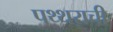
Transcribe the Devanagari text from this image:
पथ्थराची